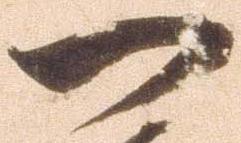
一